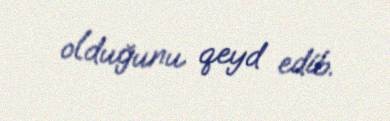
olduğunu qeyd edib.